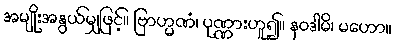
အမျိုးအနွယ်မျှဖြင့်။ ဗြာဟ္မဏံ၊ ပုဏ္ဏားဟူ၍။ နဝဒါမိ၊ မဟော။